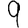
Digit: 9